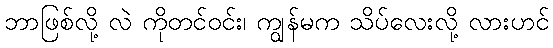
ဘာဖြစ်လို့ လဲ ကိုတင်ဝင်း၊ ကျွန်မက သိပ်လေးလို့ လားဟင်